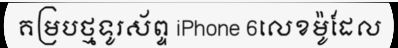
គម្របថ្មទូរស័ព្ទ iPhone 6លេខម៉ូដែល